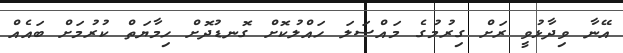
އޭނާ ވިދާޅުވީ ރަށް ގިރުމުގެ މައްސަލަ ހައްލުކޮށް ގޮނޑުދޮށް ހިމާޔަތް ކުރުމަށް ބައެއް